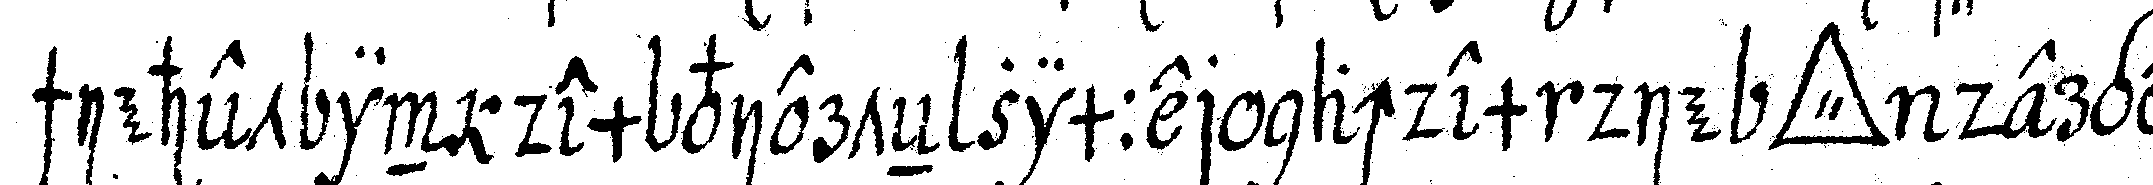
schiehet in dem vierteN zimmer nachdem die *tri..* derge